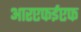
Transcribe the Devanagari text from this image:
आरएफईएफ